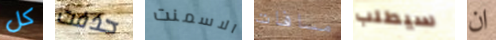
كل حذفت الاسمنت مسافات سيطلب ان